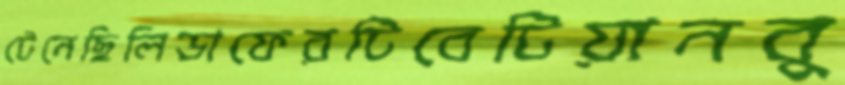
টেনেছিলিডাফেরটিবেটিয়ানবু